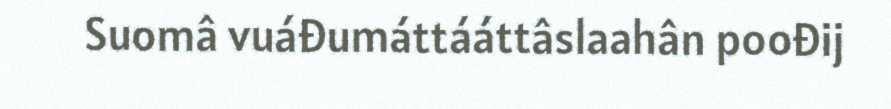
Suomâ vuáđumáttááttâslaahân poođij